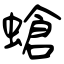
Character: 螥